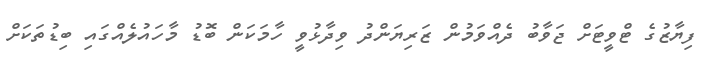
ފިޔާޒުގެ ޓްވީޓަށް ޖަވާބު ދެއްވަމުން ޒަރިޔަންދު ވިދާޅުވީ ހާމަކަން ބޮޑު މާހައުލެއްގައި ބިޑުތަކަށް